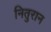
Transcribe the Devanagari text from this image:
नितुरान